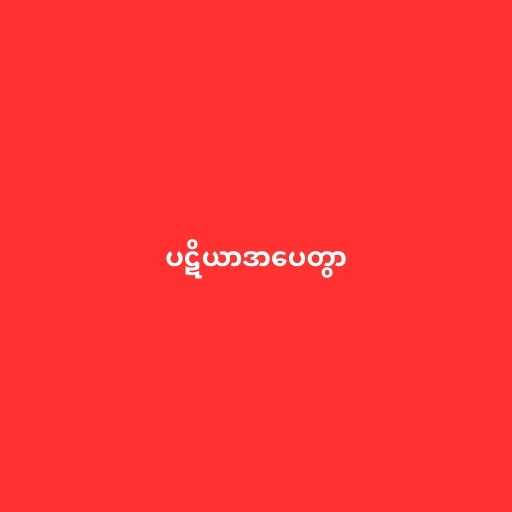
ပဋိယာဒာပေတွာ